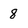
Character: 8